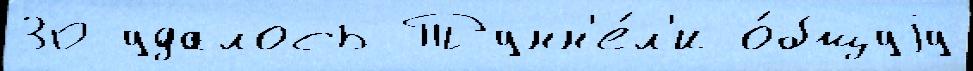
30 удалось Тунн'е́л'и о́бщуjу